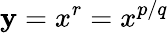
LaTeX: \mathbf{y}=x^{r}=x^{p/q}